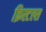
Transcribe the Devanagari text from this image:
क्रिस्टल्स